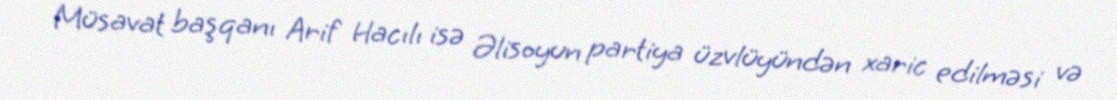
Müsavat başqanı Arif Hacılı isə Əlisoyun partiya üzvlüyündən xaric edilməsi və